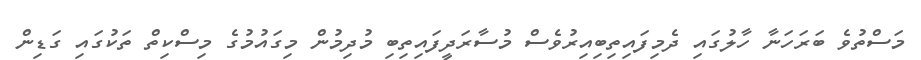
މަސްތުވެ ބަރަހަނާ ހާލުގައި ދެމިފައިތިބިއިރުވެސް މުސާރަދީފައިތިބި މުދިމުން މިގައުމުގެ މިސްކިތް ތަކުގައި ގަޑިން